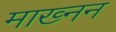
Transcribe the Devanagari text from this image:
माख्नन